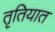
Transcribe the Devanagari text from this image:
तृतियात